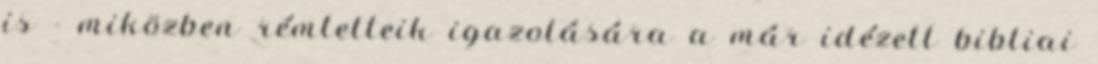
is - miközben rémtetteik igazolására a már idézett bibliai